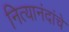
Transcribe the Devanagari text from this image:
नित्यानंदांचे